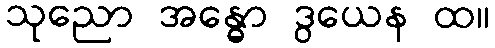
သုညော အန္ဓော ဒွယေန ထ။